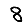
Digit: 8